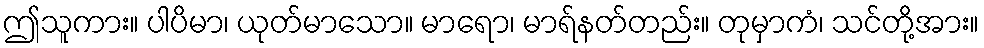
ဤသူကား။ ပါပိမာ၊ ယုတ်မာသော။ မာရော၊ မာရ်နတ်တည်း။ တုမှာကံ၊ သင်တို့အား။